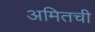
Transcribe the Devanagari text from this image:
अमितची